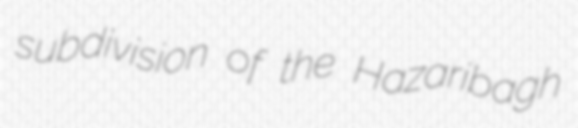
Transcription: subdivision of the Hazaribagh